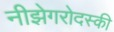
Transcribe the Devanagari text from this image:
नीझेगरोदस्की